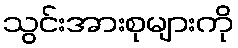
သွင်းအားစုများကို